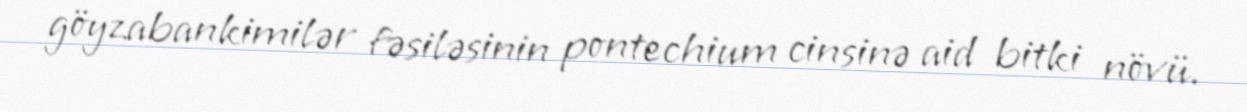
göyzabankimilər fəsiləsinin pontechium cinsinə aid bitki növü.